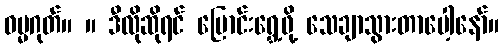
ဓမ္မဂုတ်။ ။ ဒီလိုဆိုရင် ပြောင်းရွှေ့ဖို့ သေချာသွားတာပေါ့နော်။